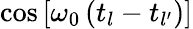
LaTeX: \cos\left[\omega_{0}\left(t_{l}-t_{l^{\prime}}\right)\right]